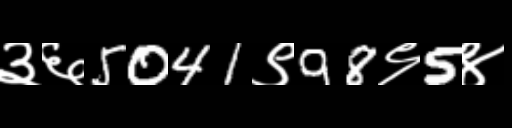
Text: ३६5041९98९5४